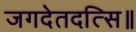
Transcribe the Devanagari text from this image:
जगदेतदत्सि॥